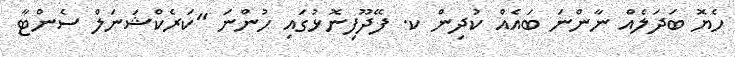
ހެޔޮ ބަދަލެއް ނާންނަ ބައެއް ކުދިން ކ. ފޭދޫފިނޮޅުގައި ހުންނަ "ކަރެކްޝަނަލް ސެންޓާ